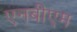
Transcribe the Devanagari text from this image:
एनबीएम